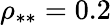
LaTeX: \rho_{**}=0.2